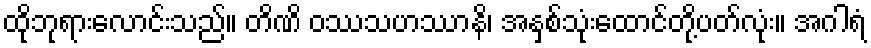
ထိုဘုရားလောင်းသည်။ တိဏိ ဝဿသဟဿာနိ၊ အနှစ်သုံးထောင်တို့ပတ်လုံး။ အဂါရံ